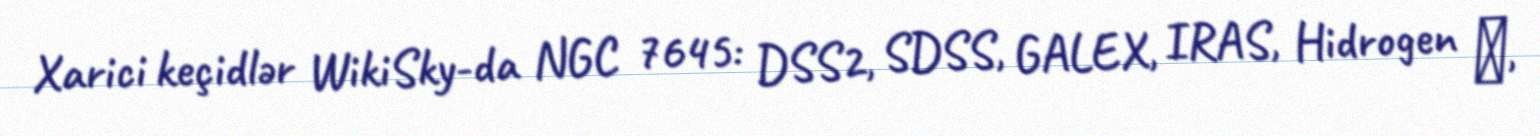
Xarici keçidlər WikiSky-da NGC 7645: DSS2, SDSS, GALEX, IRAS, Hidrogen α,